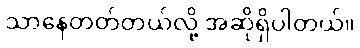
သာနေတတ်တယ်လို့ အဆိုရှိပါတယ်။